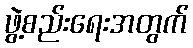
ဖွဲ့စည်းရေးအတွက်